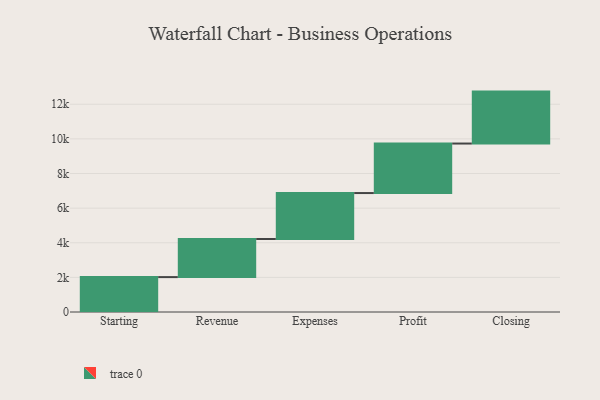
{"axis": {"x": "Step", "y": "Value"}, "legend": [""], "data": [{"x": "Starting", "y": 2016.0, "type": ""}, {"x": "Revenue", "y": 2201.0, "type": ""}, {"x": "Expenses", "y": 2654.0, "type": ""}, {"x": "Profit", "y": 2860.0, "type": ""}, {"x": "Closing", "y": 3000, "type": ""}]}